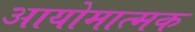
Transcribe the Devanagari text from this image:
आयोमात्मक